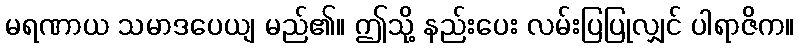
မရဏာယ သမာဒပေယျ မည်၏။ ဤသို့ နည်းပေး လမ်းပြပြုလျှင် ပါရာဇိက။